Vaike-Kullamaa_(Vaikna)_vallavalitsus, lk 17
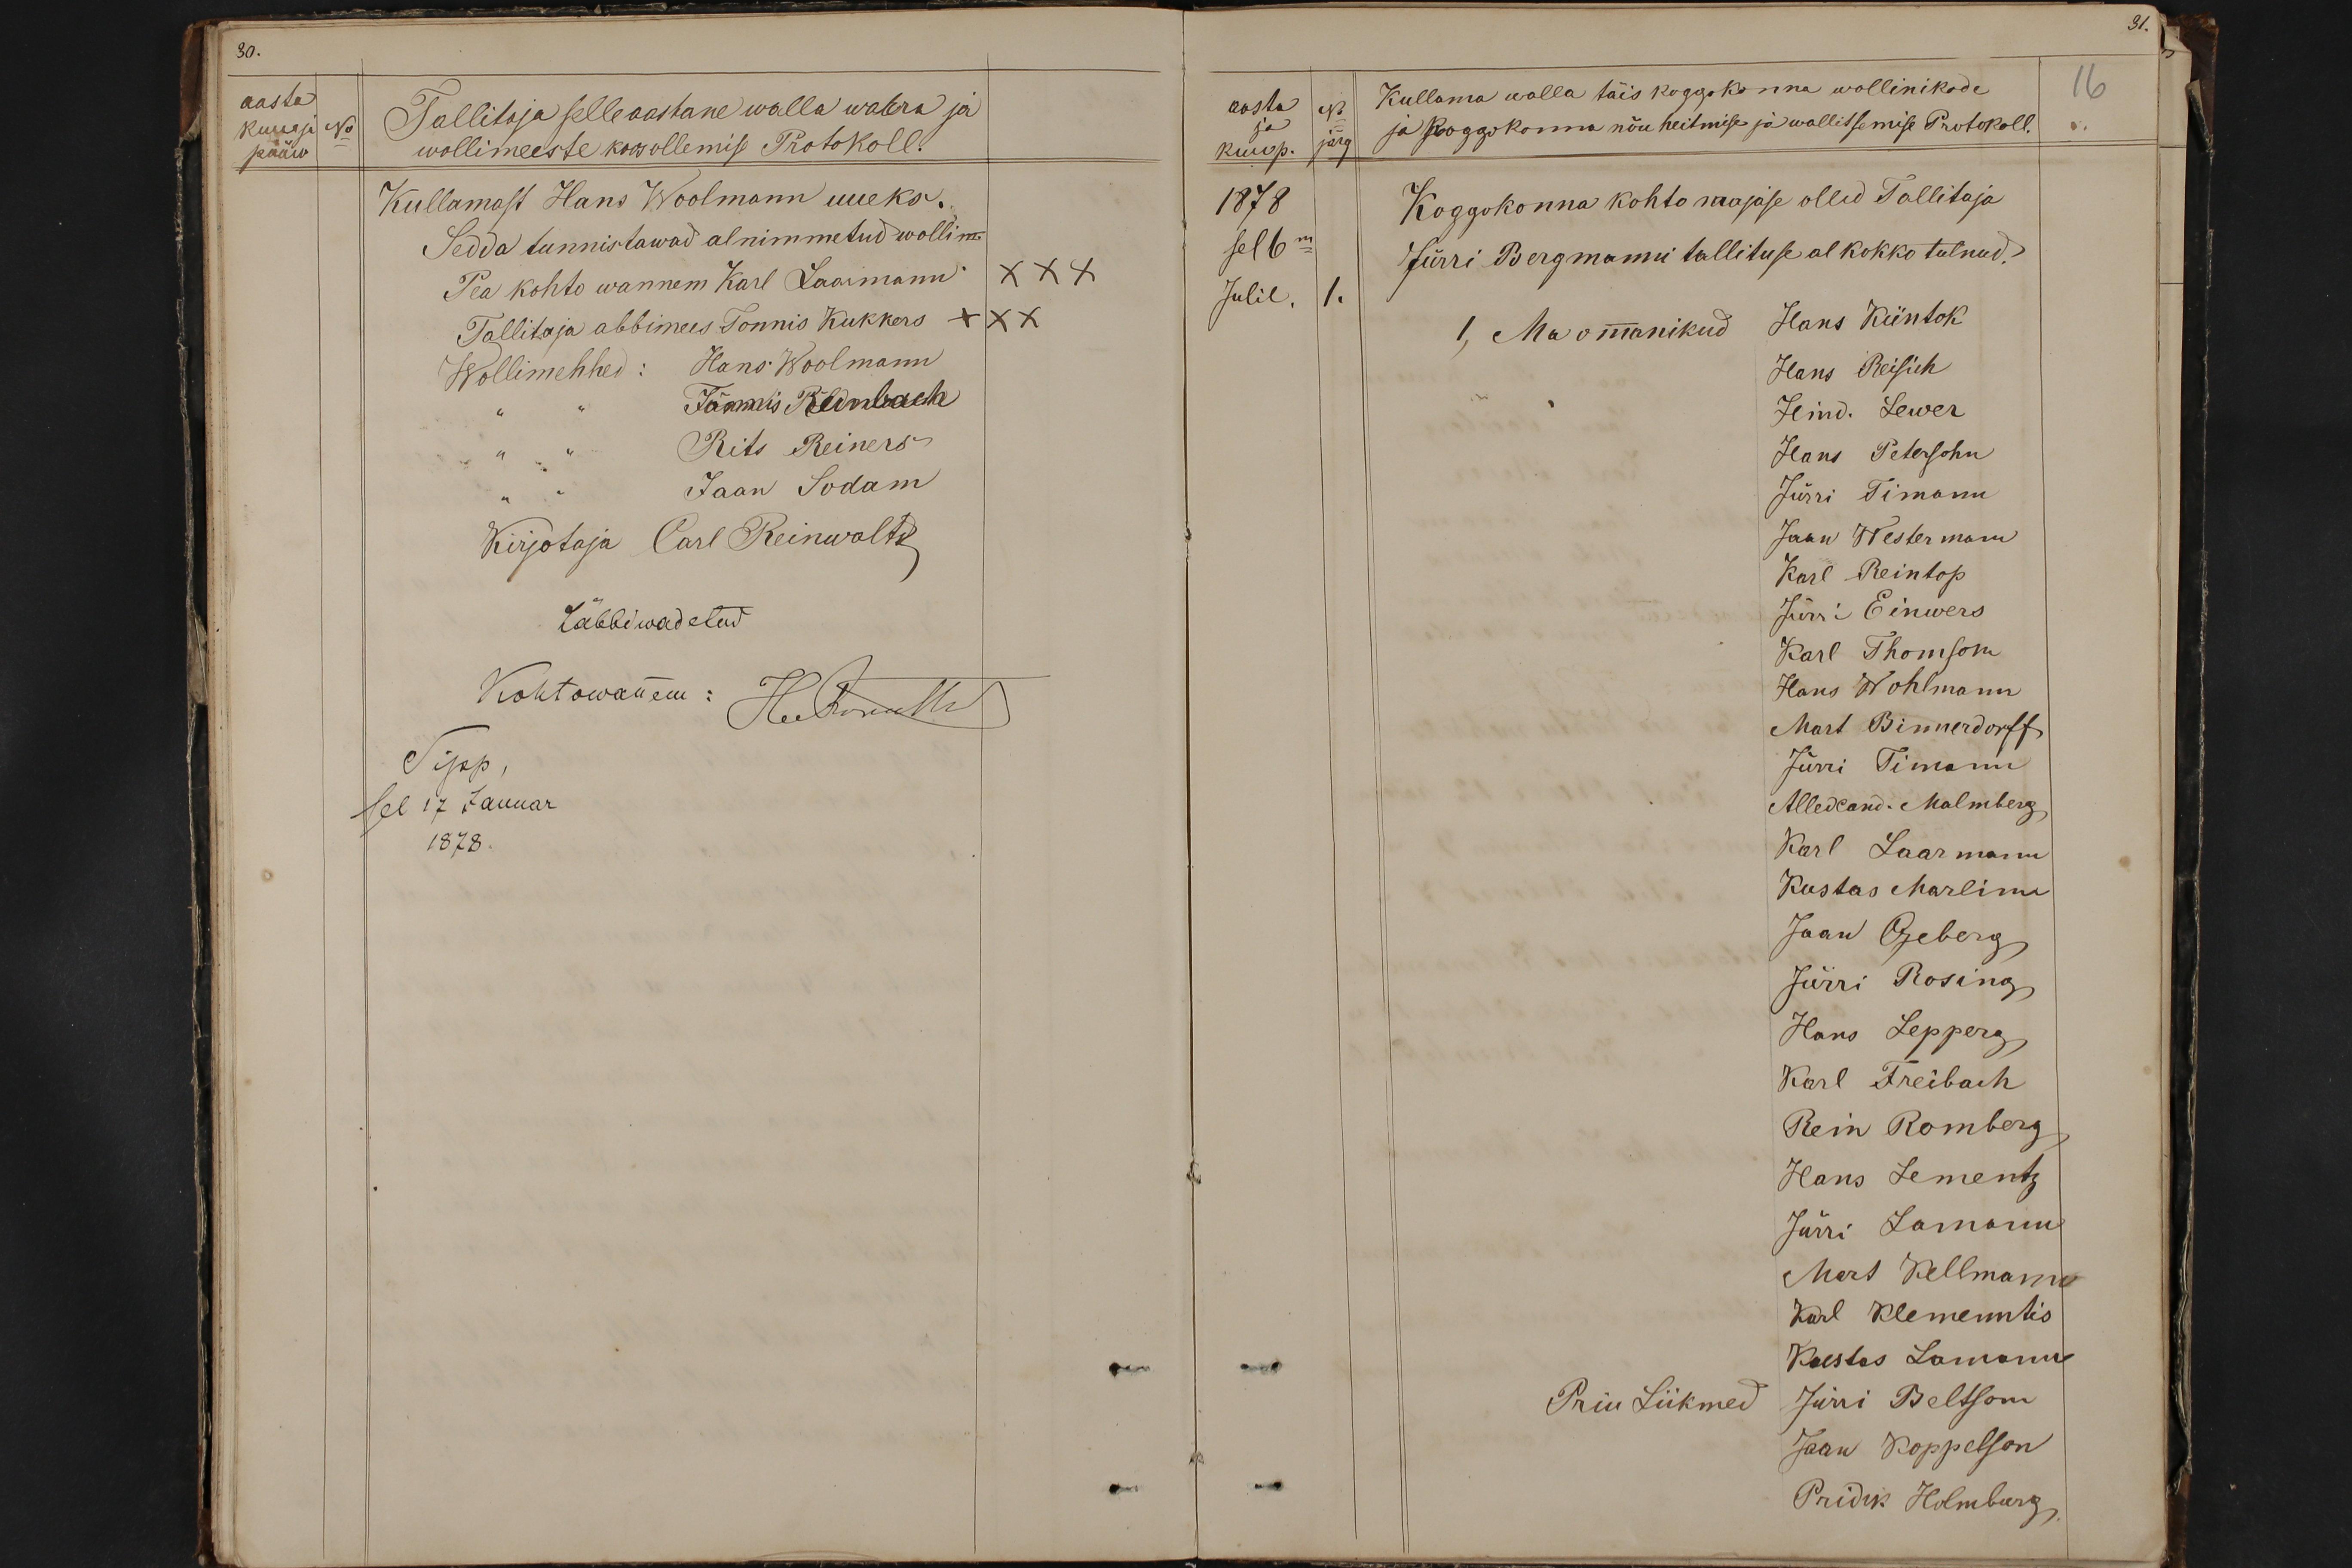
30.
aasta
kuu ja No
Tallitaja selle aastane walla wara ja
pääw
wollimeeste koos ollemise Protokoll.
Kullamast Hans Woolmann uueks.
Sedda tunnistawad alnimmetud wollim.
Pea kohto wannem Karl Laamann
Tallitaja abbimees Tõnnis Kukkers XXX
Wollimehhed: Hans Woolmann
Tönnis Reinbach
Rits Reiners
Jaan Sodan
Kirjotaja Carl Reinwaltd
Läbbiwadetud
Kohtowanem:
Huemalt
Sipp,
sel 17 Januar
1878.

aasta No
Kullama walla täis koggokonna wollinikode
16
ja
kuup. järg
ja Koggokonna nõu heitmise ja wallitsemise Protokoll.
1878
Koggokonna kohto majase ollid Tallitaja
sel 6m
Jürri Bergmanni tallituse al kokko tulnud.
Julil. 1.
1, Ma ommanikud
Hans Küntok
Hans Reisich
Hind. Lewer
Hans Peterson
Jürri Timann
Jaan Westermann
Karl Reintop
Jürri Einwers
Karl Thomson
Hans Wohlmann
Mart Binnerdoff
Jürri Timann
Allexand. Malmberg
Karl Laarmann
Kustas Marlim
Jaan Ojeberg
Jürri Rosing
Hans Lepperg
Karl Freibach
Rein Romberg
Hans Lementz
Jürri Lamann
Mart Kellmann
Karl Klemenntis
Kaestas Lamann
Priu Liikmed
Jürri Beltson
Jaan Koppelson
Pridik Holmburg